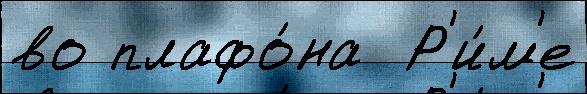
во плафо́на  Р'и́м'е